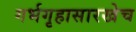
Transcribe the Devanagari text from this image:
गर्भगृहासारखेच